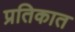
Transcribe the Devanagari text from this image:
प्रतिकात